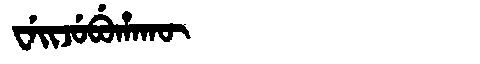
Manchu: ᠸᡝᡳᠵᡠᠪᡠᡥᠠᡴᡡ
Romanization: WEIJUBUHAKŪ